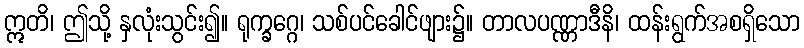
ဣတိ၊ ဤသို့ နှလုံးသွင်း၍။ ရုက္ခဂ္ဂေ၊ သစ်ပင်ခေါင်ဖျား၌။ တာလပဏ္ဏာဒီနိ၊ ထန်းရွက်အစရှိသော